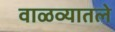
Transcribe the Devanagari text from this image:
वाळव्यातले